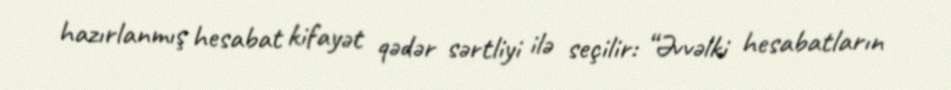
hazırlanmış hesabat kifayət qədər sərtliyi ilə seçilir: “Əvvəlki hesabatların